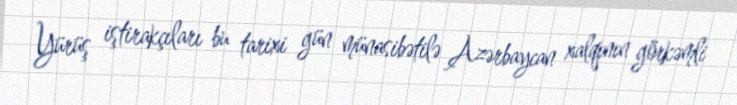
Yürüş iştirakçıları bu tarixi gün münasibətilə Azərbaycan xalqının görkəmli